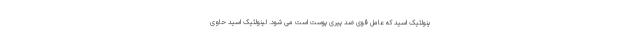
ینولئیک اسید که عامل قوی ضد پیری پوست است می شود. لینولئیک اسید حاوی